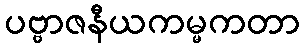
ပဗ္ဗာဇနီယကမ္မကတာ